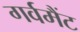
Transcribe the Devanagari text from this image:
गर्वमैंट